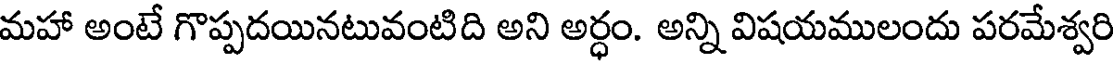
మహా అంటే గొప్పదయినటువంటిది అని అర్ధం. అన్ని విషయములందు పరమేశ్వరి